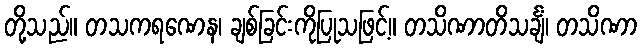
တို့သည်။ တသကရဏေန၊ ချစ်ခြင်းကိုပြုသဖြင့်။ တသိဏာတိသင်္ချံ၊ တသိဏာ